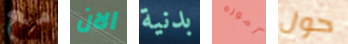
مع الان بدنية أموره حول